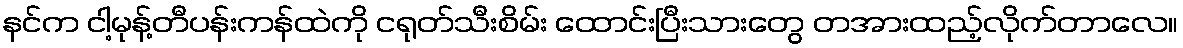
နင်က ငါ့မုန့်တီပန်းကန်ထဲကို ငရုတ်သီးစိမ်း ထောင်းပြီးသားတွေ တအားထည့်လိုက်တာလေ။